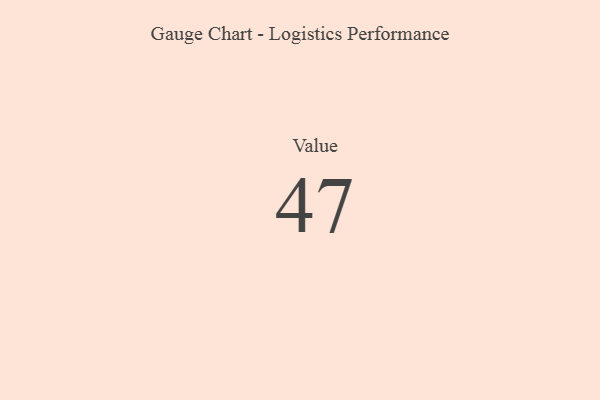
{"axis": {"x": "Metric", "y": "Value"}, "legend": [""], "data": [{"x": "Value", "y": 47, "type": ""}]}